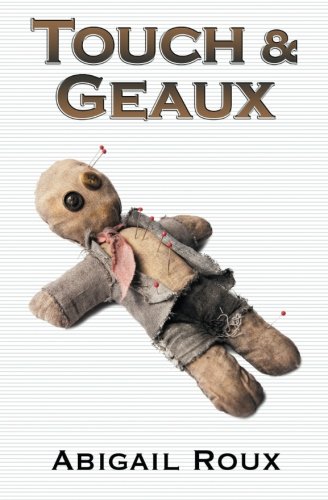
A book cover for Touch & Geaux (Cut & Run) (Volume 7); Abigail Roux; Romance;